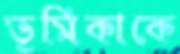
ভূমিকাকে